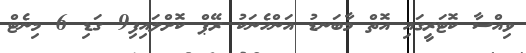
ވިއްސާ ކޮޓަރީގައި އޮތް މާބަނޑު އަންހެނަކު ރޭޕް ކޮށްލައިފި9 ގަޑި 6 މިނެޓް